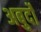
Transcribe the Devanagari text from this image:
अबुर्दों